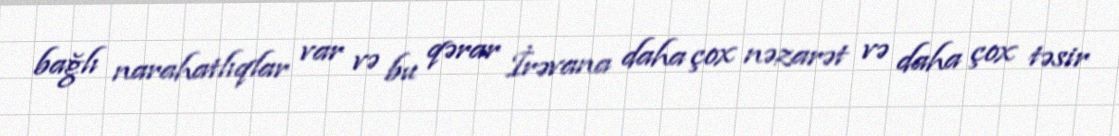
bağlı narahatlıqlar var və bu qərar İrəvana daha çox nəzarət və daha çox təsir